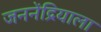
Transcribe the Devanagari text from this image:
जननेंद्रियाला